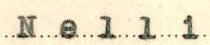
Nelli